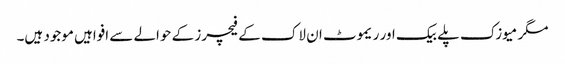
مگر میوزک پلے بیک اور ریموٹ ان لاک کے فیچرز کے حوالے سے افواہیں موجود ہیں۔